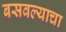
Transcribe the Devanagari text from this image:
बसवल्याचा